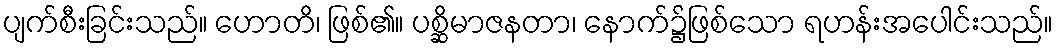
ပျက်စီးခြင်းသည်။ ဟောတိ၊ ဖြစ်၏။ ပစ္ဆိမာဇနတာ၊ နောက်၌ဖြစ်သော ရဟန်းအပေါင်းသည်။